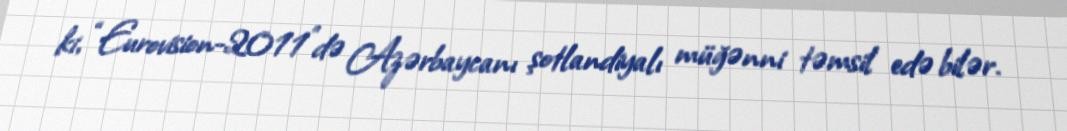
ki, “Eurovision-2011"də Azərbaycanı şotlandiyalı müğənni təmsil edə bilər.